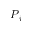
P _ { j }